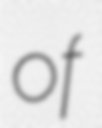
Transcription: of